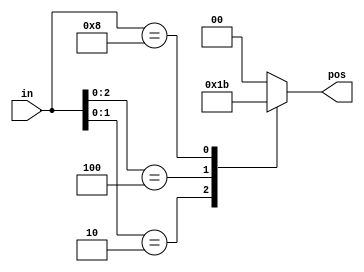
// synthesis verilog_input_version verilog_2001
module top_module (
    input [3:0] in,
    output reg [1:0] pos  );
    always@(*)
        begin
            casez(in)
                4'bzzz1: pos = 2'd0;
                4'bzz10: pos = 2'd1;
                4'bz100: pos = 2'd2;
                4'b1000: pos = 2'd3;
                default: pos = 2'd0;
                
            endcase
        end
endmodule